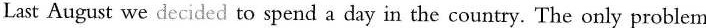
Last August we decided to spend a day in the country. The only problem